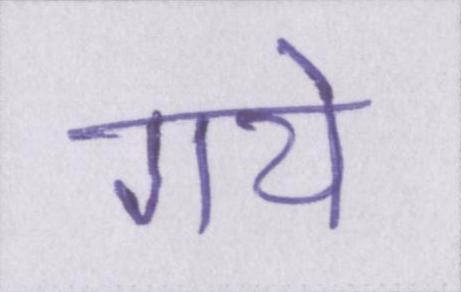
गये